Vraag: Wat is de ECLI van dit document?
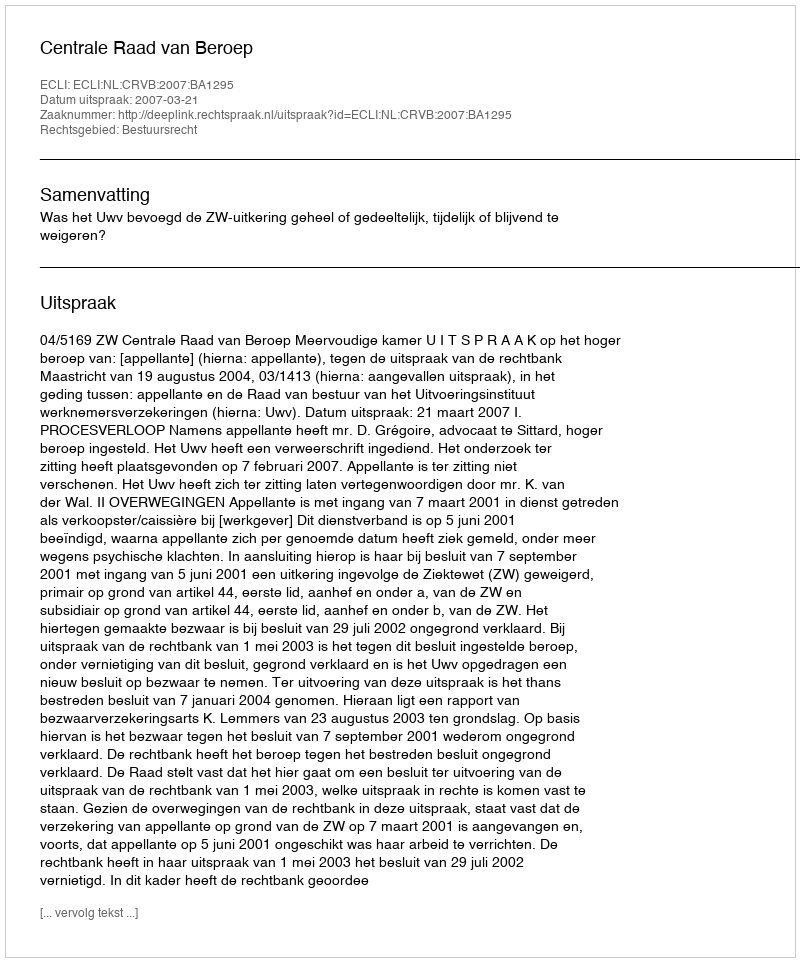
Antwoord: ECLI:NL:CRVB:2007:BA1295